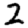
Digit: 2